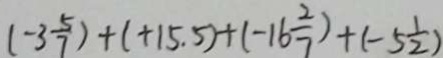
( - 3 \frac { 5 } { 7 } ) + ( + 1 5 . 5 ) + ( - 1 6 \frac { 2 } { 7 } ) + ( - 5 \frac { 1 } { 2 } )